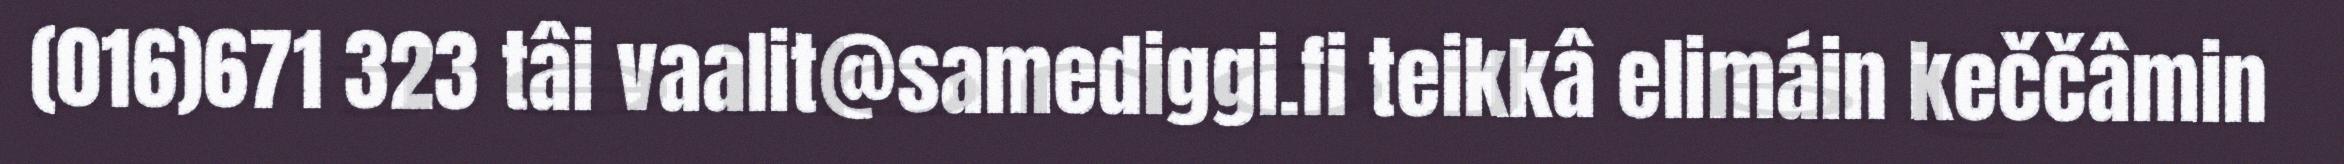
(016)671 323 tâi vaalit@samediggi.fi teikkâ elimáin keččâmin